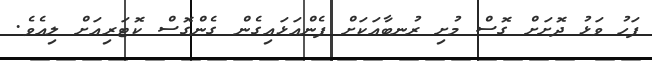
ފަހު ވަޅު ދޮށަށް ގޮސް މުށި ރުނބާއަކަށް ފެންއަޅައިގެން ގެންގޮސް ކޮޓަރިއަށް ލިއެވެ.